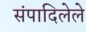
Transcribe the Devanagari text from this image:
संपादिलेले